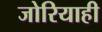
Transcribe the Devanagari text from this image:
जोरियाही